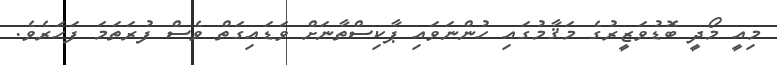
މިއީ މޯދީ ބޮޑުވަޒީރުގެ މަޤާމުގައި ހުންނަވައި ޕާކިސްތާނަށް ވަޑައިގަތް ވެސް ފުރަތަމަ ފަހަރެވެ.